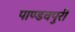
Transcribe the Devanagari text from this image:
पाण्डवपुरी